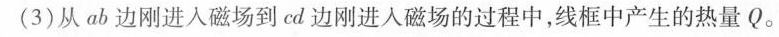
(3)从ab边刚进入磁场到cd边刚进入磁场的过程中，线框中产生的热量Q。